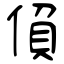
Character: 偩